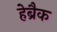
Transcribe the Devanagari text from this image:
हेब्रैक